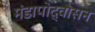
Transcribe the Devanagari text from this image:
मंडापोद्‌वासन